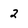
Character: 2